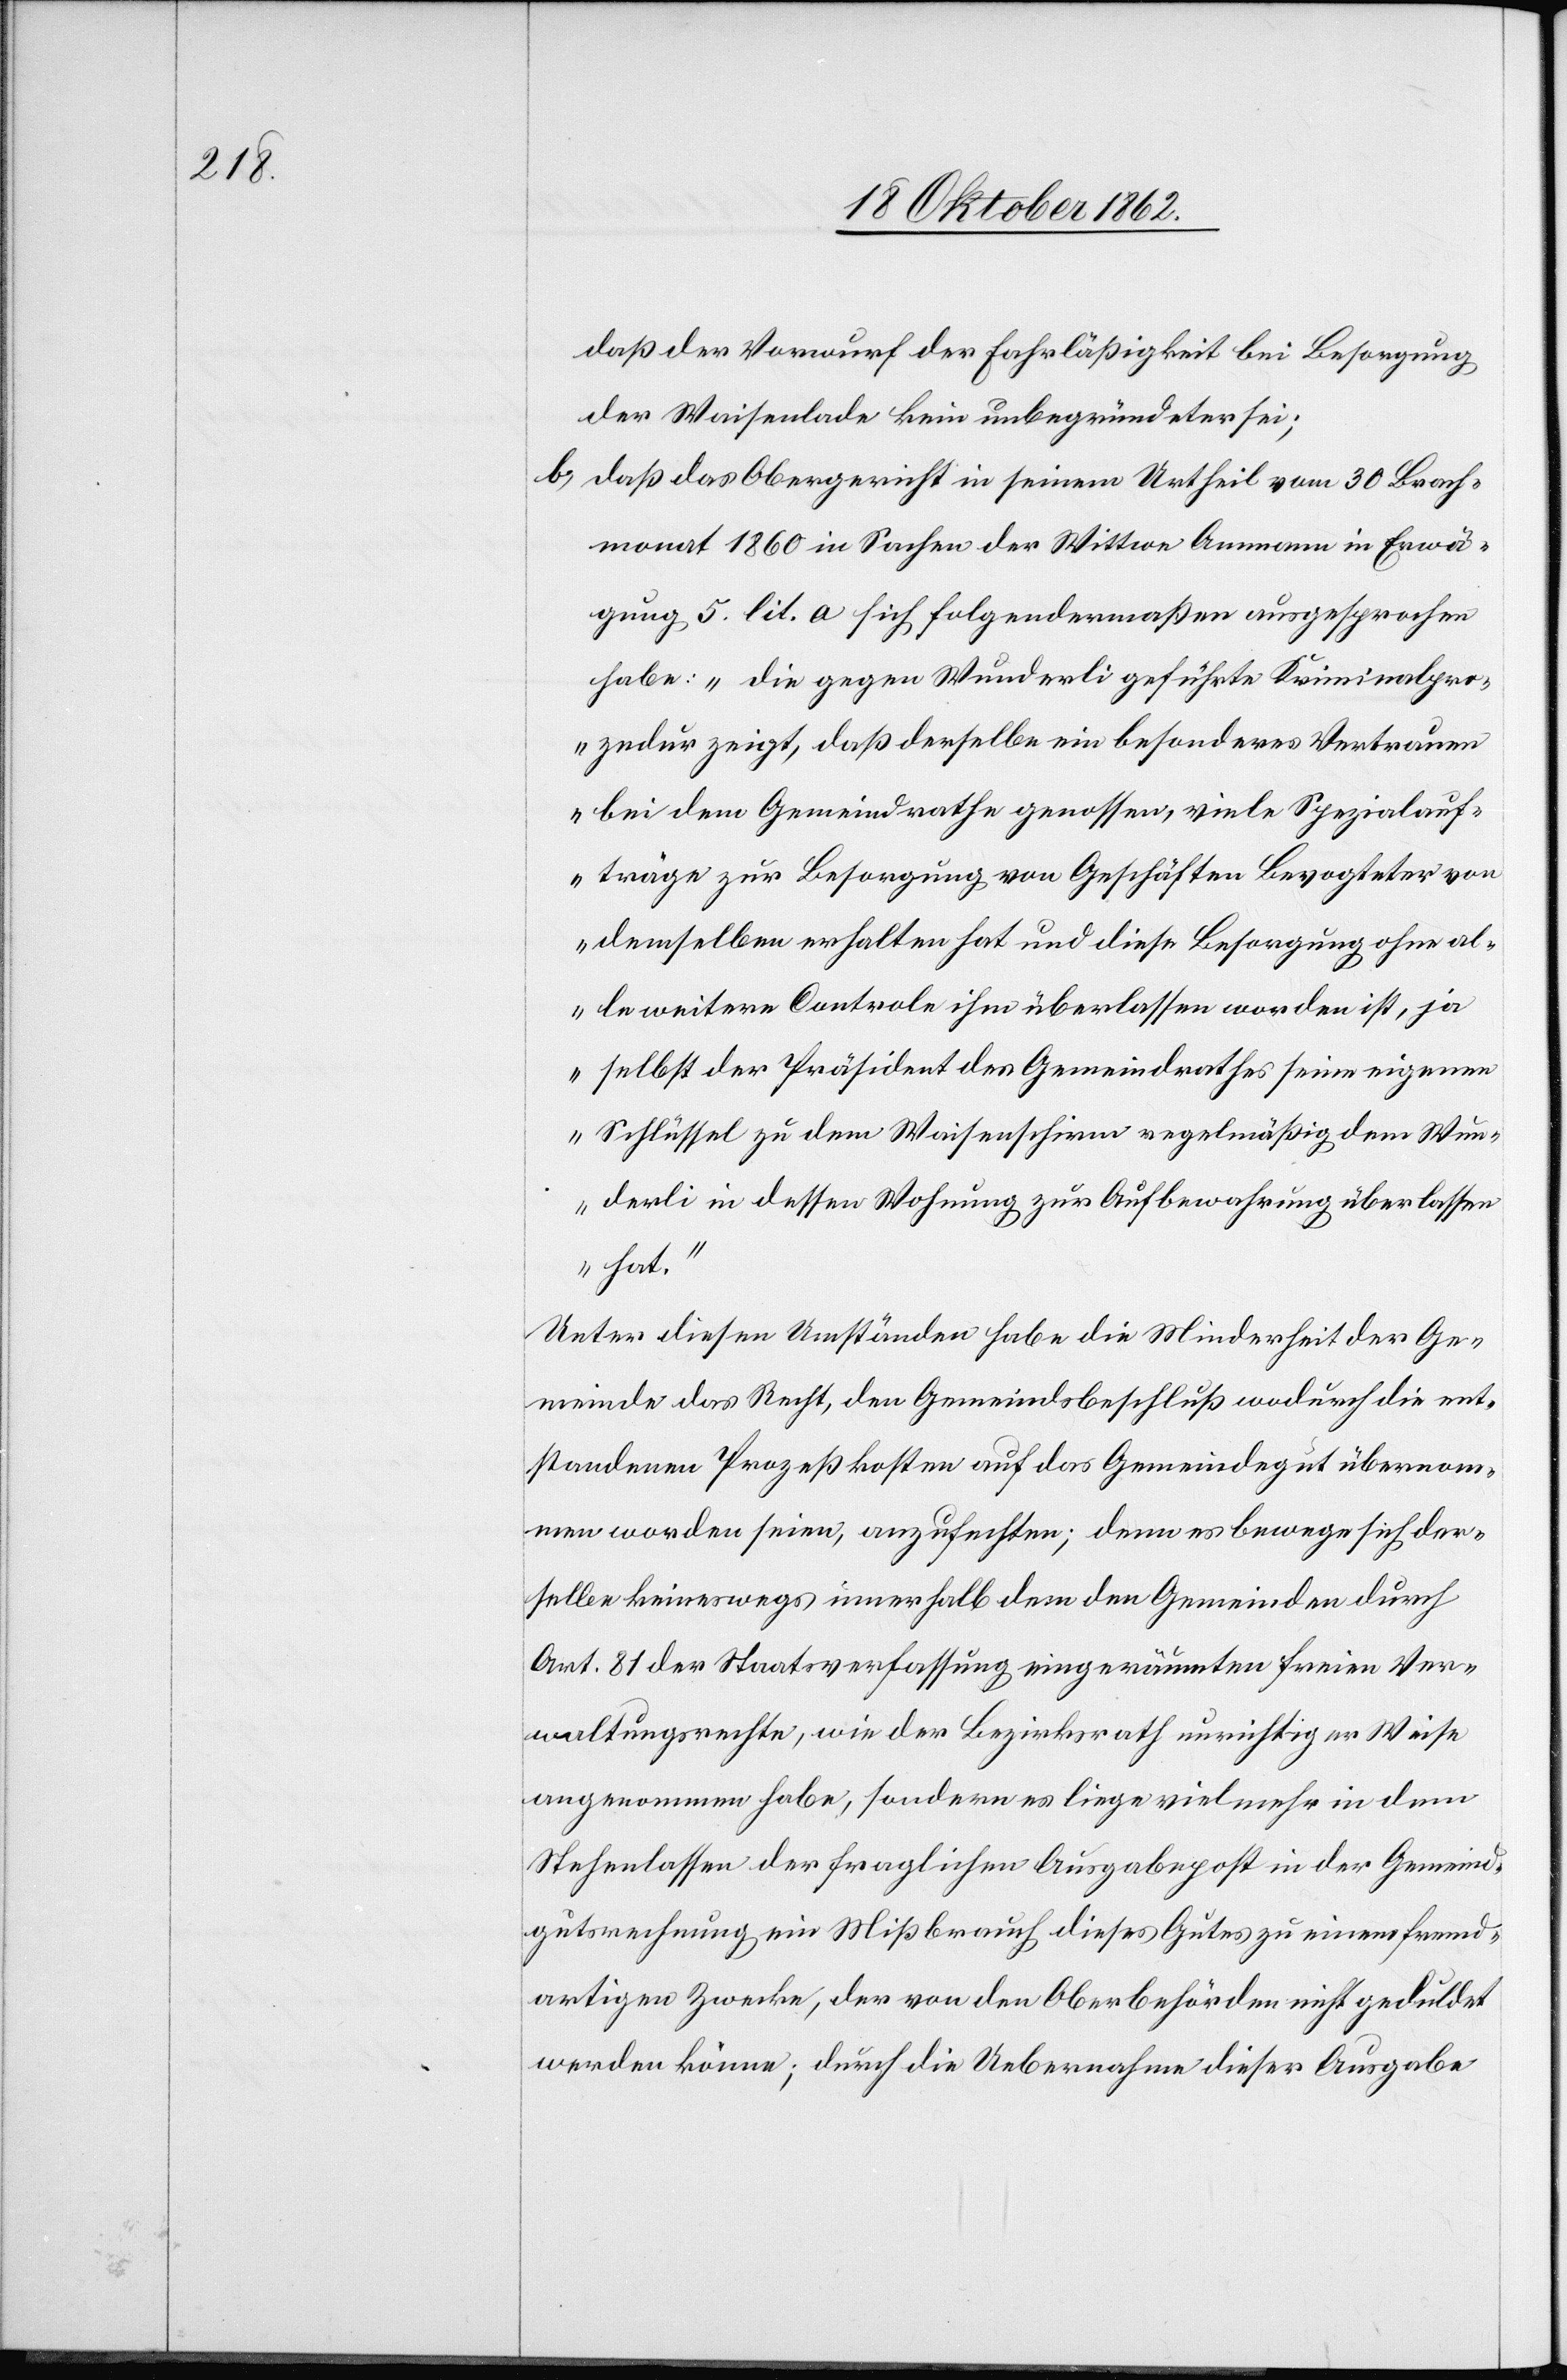
daß der Vorwurf der Fahrläßigkeit bei Besorgung
der Waisenlade kein unbegründeter sei;
b) daß das Obergericht in seinem Urtheil vom 30. Brach¬
monat 1860 in Sachen der Wittwe Ammann in Erwä¬
gung 5 lit. a sich folgendermaßen ausgesprochen
habe: „die gegen Wunderli geführte Kriminalpro¬
zedur zeigt, daß derselbe ein besonderes Vertrauen
bei dem Gemeindrathe genossen, viele Spezialauf¬
träge zur Besorgung von Geschäften Bevogteter von
demselben erhalten hat und diese Besorgung ohne al¬
le weitere Controle ihm überlassen worden ist, ja
selbst der Präsident des Gemeindrathes seine eigene
Schlüssel zu dem Waisenschirm regelmäßig dem Wun¬
derli in dessen Wohnung zur Aufbewahrung überlassen
hat.“
Unter diesen Umständen habe die Minderheit der Ge¬
meinde das Recht, den Gemeindsbeschluß wodurch die ent¬
standenen Prozeßkosten auf das Gemeindegut übernom¬
men worden seien, anzufechten; denn es bewege sich der¬
selbe keineswegs innerhalb dem den Gemeinden durch
Art. 81 der Staatsverfassung eingeräumten freien Ver¬
waltungsrechte, wie der Bezirksrath unrichtiger Weise
angenommen habe, sondern es liege viel mehr in dem
Stehenlassen der fraglichen Ausgabepost in der Gemeind¬
gutsrechnung ein Mißbrauch dieses Gutes zu einem fremd¬
artigen Zwecke, der von den Oberbehörden nicht geduldet
werden könne; durch die Uebernahme dieser Ausgabe